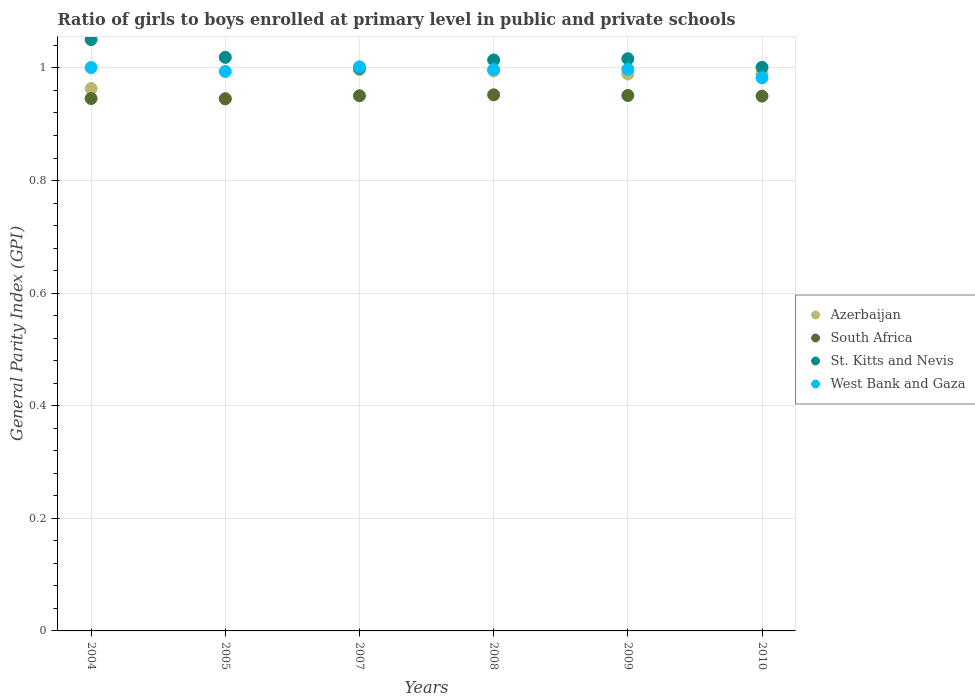
| Years | Azerbaijan | South Africa | St. Kitts and Nevis | West Bank and Gaza |
 | --- | --- | --- | --- | --- |
 | 2004 | 0.964 | 0.946 | 1.05 | 1 |
 | 2005 | 0.945 | 0.945 | 1.02 | 0.994 |
 | 2007 | 0.997 | 0.951 | 0.999 | 1 |
 | 2008 | 0.995 | 0.952 | 1.01 | 0.997 |
 | 2009 | 0.989 | 0.951 | 1.02 | 0.998 |
 | 2010 | 0.99 | 0.95 | 1 | 0.982 |